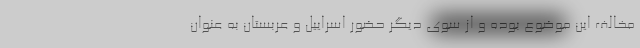
مخالف این موضوع بوده و از سوی دیگر حضور اسراییل و عربستان به عنوان